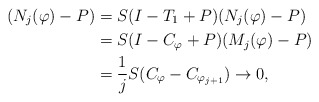
\begin{align*}(N_j(\varphi)-P)&=S(I-T_1+P) (N_j(\varphi)-P)\\&=S(I-C_\varphi+P) (M_j(\varphi)-P)\\&=\dfrac{1}{j} S(C_\varphi-C_{\varphi_{j+1}})\rightarrow 0,\end{align*}